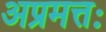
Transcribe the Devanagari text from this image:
अप्रमत्तः